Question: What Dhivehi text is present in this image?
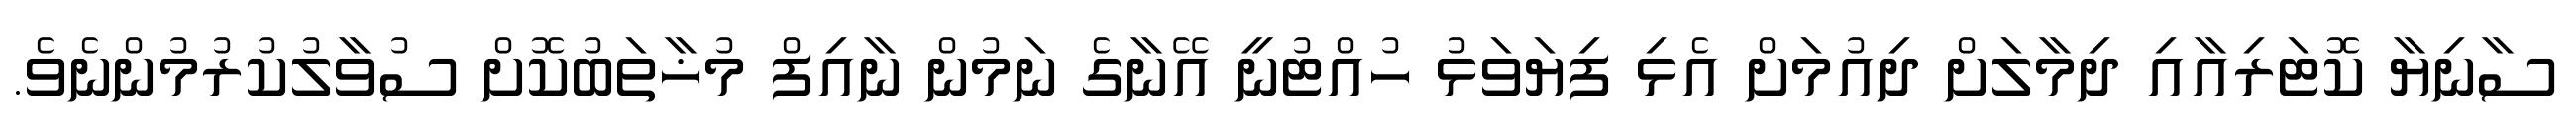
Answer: ސާނިޔާ ކޮޓަރިއާއި ދިމާލަށް ދިއުމަށް އެޅި ފިޔަވަޅު ހުއްޓުނީ އޭނާގެ ނަމުން ނާއިފް މުޚާތަބުކޮށް ސުވާލުކުރުމުންނެވެ.